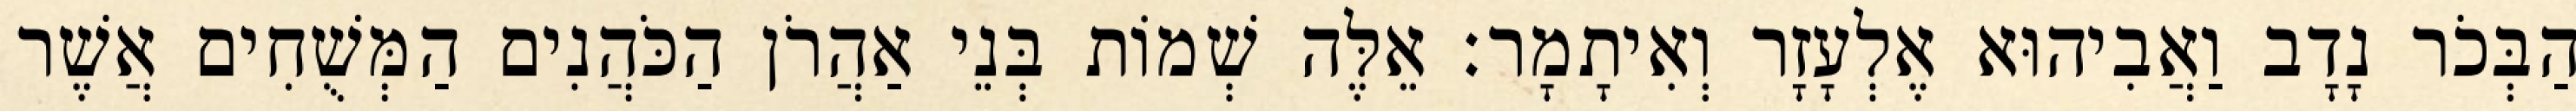
הַבְּכֹר נָדָב וַאֲבִיהוּא אֶלְעָזָר וְאִיתָמָר׃ אֵלֶּה שְׁמוֹת בְּנֵי אַהֲרֹן הַכֹּהֲנִים הַמְּשֻׁחִים אֲשֶׁר